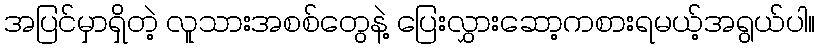
အပြင်မှာရှိတဲ့ လူသားအစစ်တွေနဲ့ ပြေးလွှားဆော့ကစားရမယ့်အရွယ်ပါ။